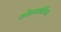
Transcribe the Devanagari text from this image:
कौनकोर्डिया